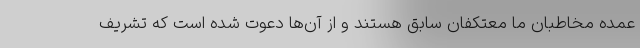
عمده مخاطبان ما معتکفان سابق هستند و از آن‌ها دعوت شده است که تشریف